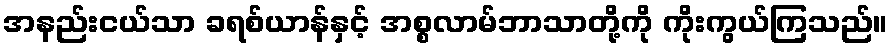
အနည်းငယ်သာ ခရစ်ယာန်နှင့် အစ္စလာမ်ဘာသာတို့ကို ကိုးကွယ်ကြသည်။